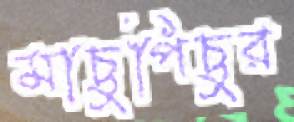
মাচুপিচুর